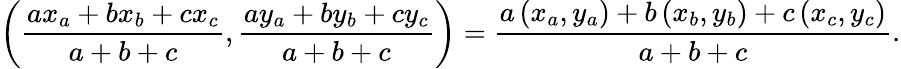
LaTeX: \left({\frac{ax_{a}+bx_{b}+cx_{c}}{a+b+c}},{\frac{ay_{a}+by_{b}+cy_{c}}{a+b+c}}\right)={\frac{a\left(x_{a},y_{a}\right)+b\left(x_{b},y_{b}\right)+c\left(x_{c},y_{c}\right)}{a+b+c}}.